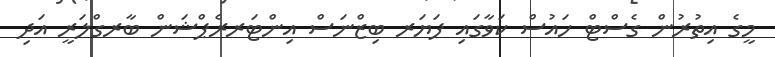
މީގެ އިތުރުން ގެސްޓް ހައުސް ކަވާގައި ފަޔަރ ބިޒްނަސް އިންޓަރރެޕްޝަން ބާރގްލަރީ އަދި